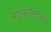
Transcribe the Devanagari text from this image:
माइक्रोफिल्मिंग